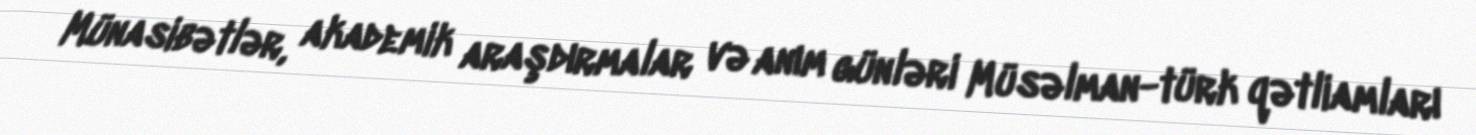
Münasibətlər, akademik araşdırmalar və anım günləri Müsəlman-türk qətliamları